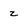
Character: z